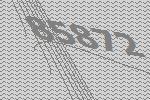
85872